Annual report of the Punjab Veterinary College and of the Civil Veterinary Department, Punjab - 1920-1925
Year: 1920
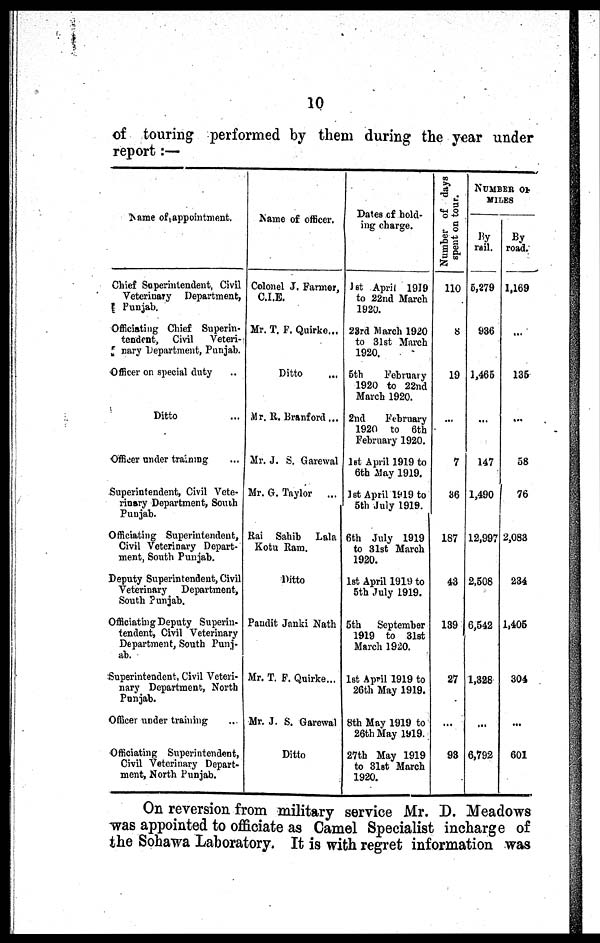
10
of touring performed by them during the year under
report:—
Name of appointment.
Chief Superintendent, Civil
Veterinary Department,
Punjab.
Officiating Chief Superin-
tendent, Civil
Veteri-
nary Department, Punjab.
Officer on special duty ...
Ditto ...
Officer under training ...
Superintendent, Civil Vete-
rinary Department, South
Punjab.
Officiating Superintendent,
Civil Veterinary Depart-
ment, South Punjab.
Deputy Superintendent, Civil
Veterinary
Department,
South Punjab.
Officiating Deputy Superin-
tendent, Civil Veterinary
Department, South Punj-
ab.
Superintendent, Civil Veteri-
nary Department, North
Punjab.
Officer under training ...
Officiating Superintendent,
Civil Veterinary Depart-
ment, North Punjab.
Name of officer.
Colonel J. Farmner,
C.I.E.
Mr. T. F. Quirke...
Ditto ...
Mr. R. Branford ...
Mr. J. S. Garewal
Mr. G. Taylor
...
Rai Sahib
Lala
Kotu Ram.
Ditto
Pandit Janki Nath
Mr. T. P. Quirke...
Mr. J. S. Garewal
Ditto
Dates of hold-
ing charge.
1st April 1919
to 22nd March
1920.
23rd March 1920
to 31st March
1920.
5th
February
1920 to 22nd
March 1920.
2nd
February
1920 to 6th
February 1920.
1st April 1919 to
6th May 1919.
1st April 1919 to
5th July 1919.
6th July 1919
to 31st March
1920.
1st April 1919 to
5th July 1919.
5th
September
1919 to 31st
March 1920.
1st April 1919 to
26th May 1919.
8th May 1919 to
26th May 1919.
27th May 1919
to 31st March
1920.
Number of days
spent on tour.
110
8
19
...
7
36
187
43
139
27
...
93
NUMBER OF
MILES
By
rail.
5,279
936
1,465
...
147
1,490
12,997
2,508
6,542
1,328
...
6,792
By
road.
1,169
...
135
...
58
76
2,083
234
1,405
304
...
601
On reversion from military service Mr. D. Meadows
was appointed to officiate as Camel Specialist incharge of
the Sohawa Laboratory. It is with regret information was